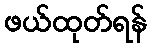
ဖယ်ထုတ်ရန်